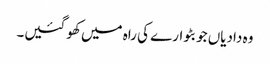
وہ دادیاں جو بٹوارے کی راہ میں کھو گئیں۔